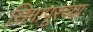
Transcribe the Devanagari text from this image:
सिगापूरच्या